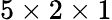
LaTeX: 5\times 2\times 1